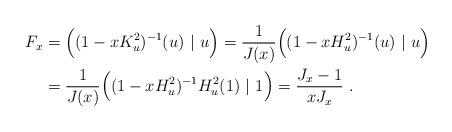
LaTeX: \begin{align*}F_x&=\Big((1-xK_u^2)^{-1}(u)\ |\ u\Big)=\frac{1}{J(x)}\Big((1-xH_u^2)^{-1}(u)\ |\ u\Big)\\&=\frac{1}{J(x)}\Big((1-xH_u^2)^{-1}H_u^2(1)\ |\ 1\Big)=\frac{J_x-1}{xJ_x}\ .\end{align*}